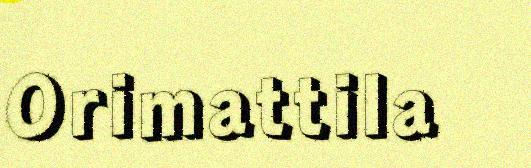
Orimattila